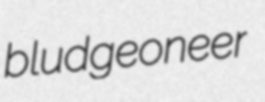
bludgeoneer